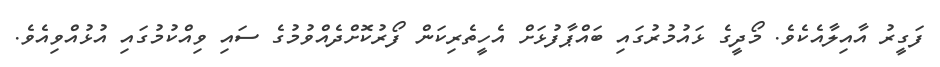
ފަގީރު އާއިލާއެކެވެ. މޯދީގެ ޅައުމުރުގައި ބައްޕާފުޅަށް އެހީތެރިކަން ފޯރުކޮށްދެއްވުމުގެ ސައި ވިއްކުމުގައި އުޅުއްވިއެވެ.